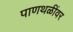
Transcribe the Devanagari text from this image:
पाणथळींवर